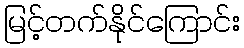
မြင့်တက်နိုင်ကြောင်း